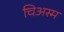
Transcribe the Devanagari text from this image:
चिअस्म